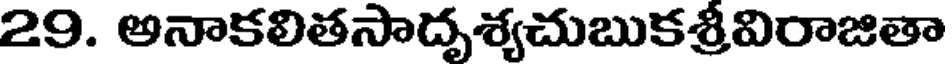
29. అనాకలితసాదృశ్యచుబుకశ్రీవిరాజితా